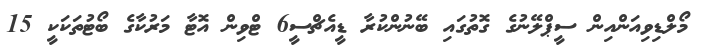
މޯލްޑިވިއަންއިން ސީޕްލޭނުގެ ގޮތުގައި ބޭނުންކުރާ ޑީއެޗްސީ6 ޓްވިން އޮޓާ މަރުކާގެ ބޯޓުތަކަކީ 15